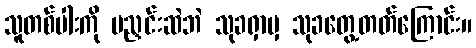
သူတစ်ပါးကို မညှင်းဆဲဘဲ သုခရှာမှ သုခတွေ့တတ်ကြောင်း။